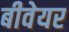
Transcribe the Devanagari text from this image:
बीवेयर